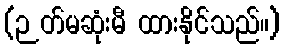
(ဉတ်မဆုံးမီ ထားနိုင်သည်။)